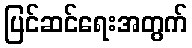
ပြင်ဆင်ရေးအတွက်